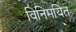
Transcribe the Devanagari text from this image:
विनिमयित